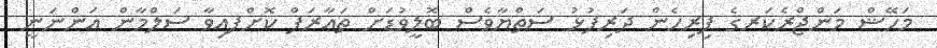
މަހޭޝް މަންޖްރެކަރގެ ފިރިހެން ދަރިފުޅު ސަތްޔާވެސް ބޮލީވުޑަށް ތަޢާރަފް ކޮށްފއިވާ ސަލްމާން އަންނަނީ